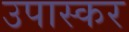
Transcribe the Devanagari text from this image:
उपास्कर